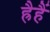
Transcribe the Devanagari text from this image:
ह्रैहैं